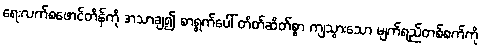
ရေးလက်စဖောင်တိန်ကို အသာချ၍ စာရွက်ပေါ် တိတ်ဆိတ်စွာ ကျသွားသော မျက်ရည်တစ်စက်ကို